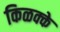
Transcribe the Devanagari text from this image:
किळक्के